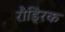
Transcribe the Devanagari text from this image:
रौड्रिक